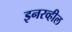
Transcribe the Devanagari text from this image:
इनरव्हील